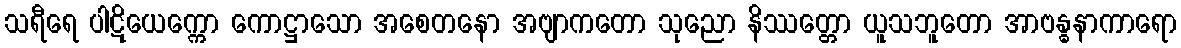
သရီရေ ပါဋိယေက္ကော ကောဋ္ဌာသော အစေတနော အဗျာကတော သုညော နိဿတ္တော ယူသဘူတော အာဗန္ဓနာကာရော